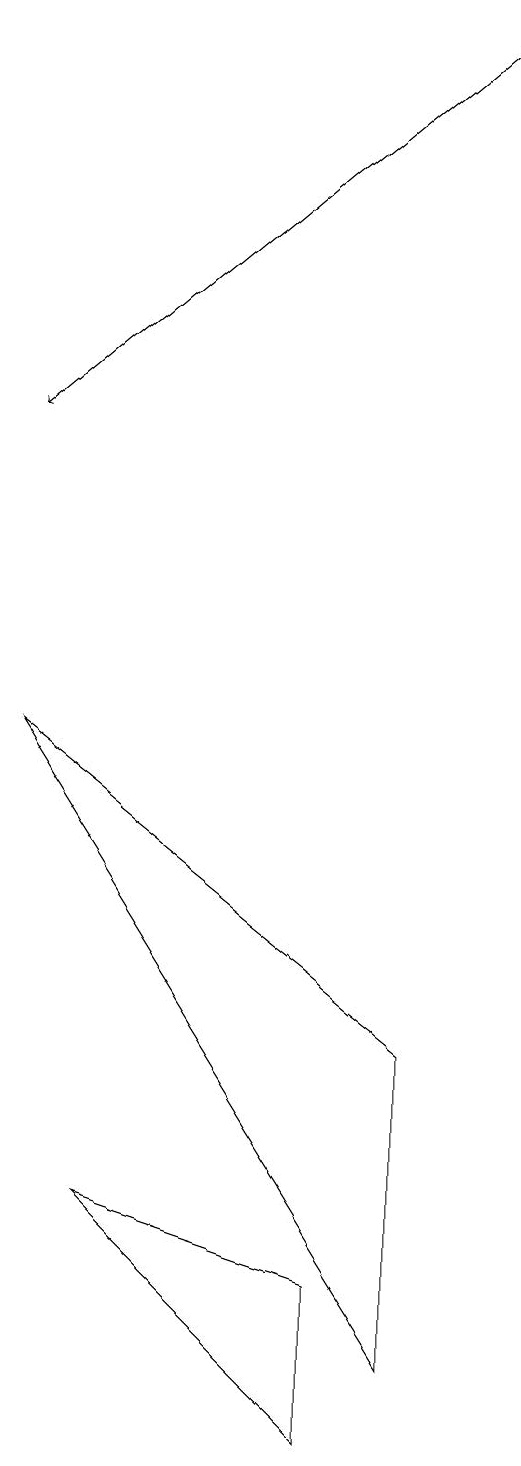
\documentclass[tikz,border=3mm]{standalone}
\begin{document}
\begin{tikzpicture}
\draw (4,3) -- (7,2) -- (7,0) -- cycle;
\draw (3,9) -- (8,1) -- (8,5) -- cycle;
\draw[->] (9,18) -- (3,13);
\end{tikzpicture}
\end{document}